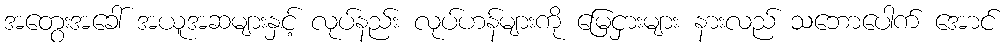
အတွေးအခေါ် အယူအဆများနှင့် လုပ်နည်း လုပ်ဟန်များကို မြေငှားများ နားလည် သဘောပေါက် အောင်